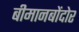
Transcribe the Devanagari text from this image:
बीमानबोंदोर